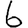
Digit: 6